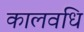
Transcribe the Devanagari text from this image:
कालवधि